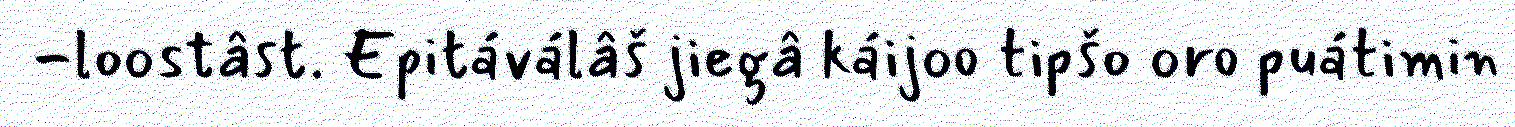
-loostâst. Epitáválâš jiegâ káijoo tipšo oro puátimin